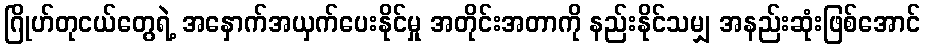
ဂြိုဟ်တုငယ်တွေရဲ့ အနှောက်အယှက်ပေးနိုင်မှု အတိုင်းအတာကို နည်းနိုင်သမျှ အနည်းဆုံးဖြစ်အောင်